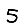
Digit: 5